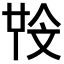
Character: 𣁒